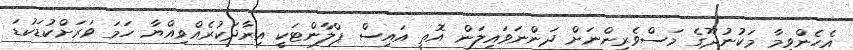
އެހެންވީމާ މަކުނުދޫގެ މަސްވެރިންނަށް ދަންނަވައިލަން އޮތީ އައިސް ޕްލާންޓަކީ އިރާދަކުރެއްވިއްޔާ ހަމަ ވަރަށްކުޑަކުޑަ